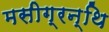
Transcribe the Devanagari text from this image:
मसीग्रन्थि